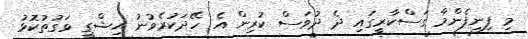
މި ފިނިފެންމާ ގަސްކާރީގައި ދެ ދުވަސް ކުރިން އެ ހޭދަކުރެވުނު އިޝްގީ ވަގުތުކޮޅު